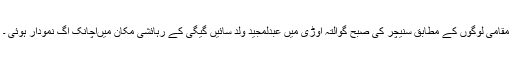
مقامی لوگوں کے مطابق سنیچر کی صبح گوالتہ اوڑی میں عبدلمجید ولد سائیں گیگی کے رہائشی مکان میںاچانک آگ نمودار ہوئی ۔